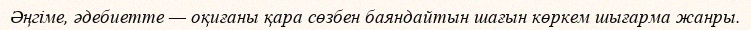
Әңгіме, әдебиетте — оқиғаны қара сөзбен баяндайтын шағын көркем шығарма жанры.